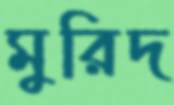
মুরিদ